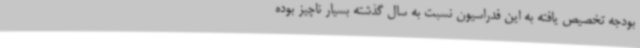
بودجه تخصیص یافته به این فدراسیون نسبت به سال گذشته بسیار ناچیز بوده